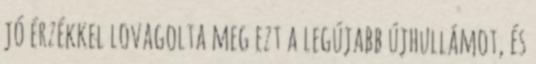
jó érzékkel lovagolta meg ezt a legújabb újhullámot, és